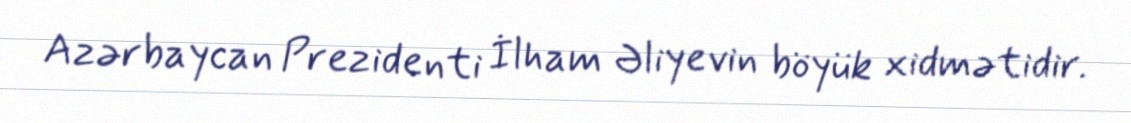
Azərbaycan Prezidenti İlham Əliyevin böyük xidmətidir.